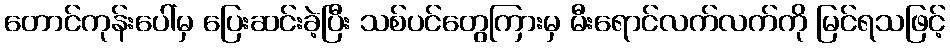
တောင်ကုန်းပေါ်မှ ပြေးဆင်းခဲ့ပြီး သစ်ပင်တွေကြားမှ မီးရောင်လက်လက်ကို မြင်ရသဖြင့်